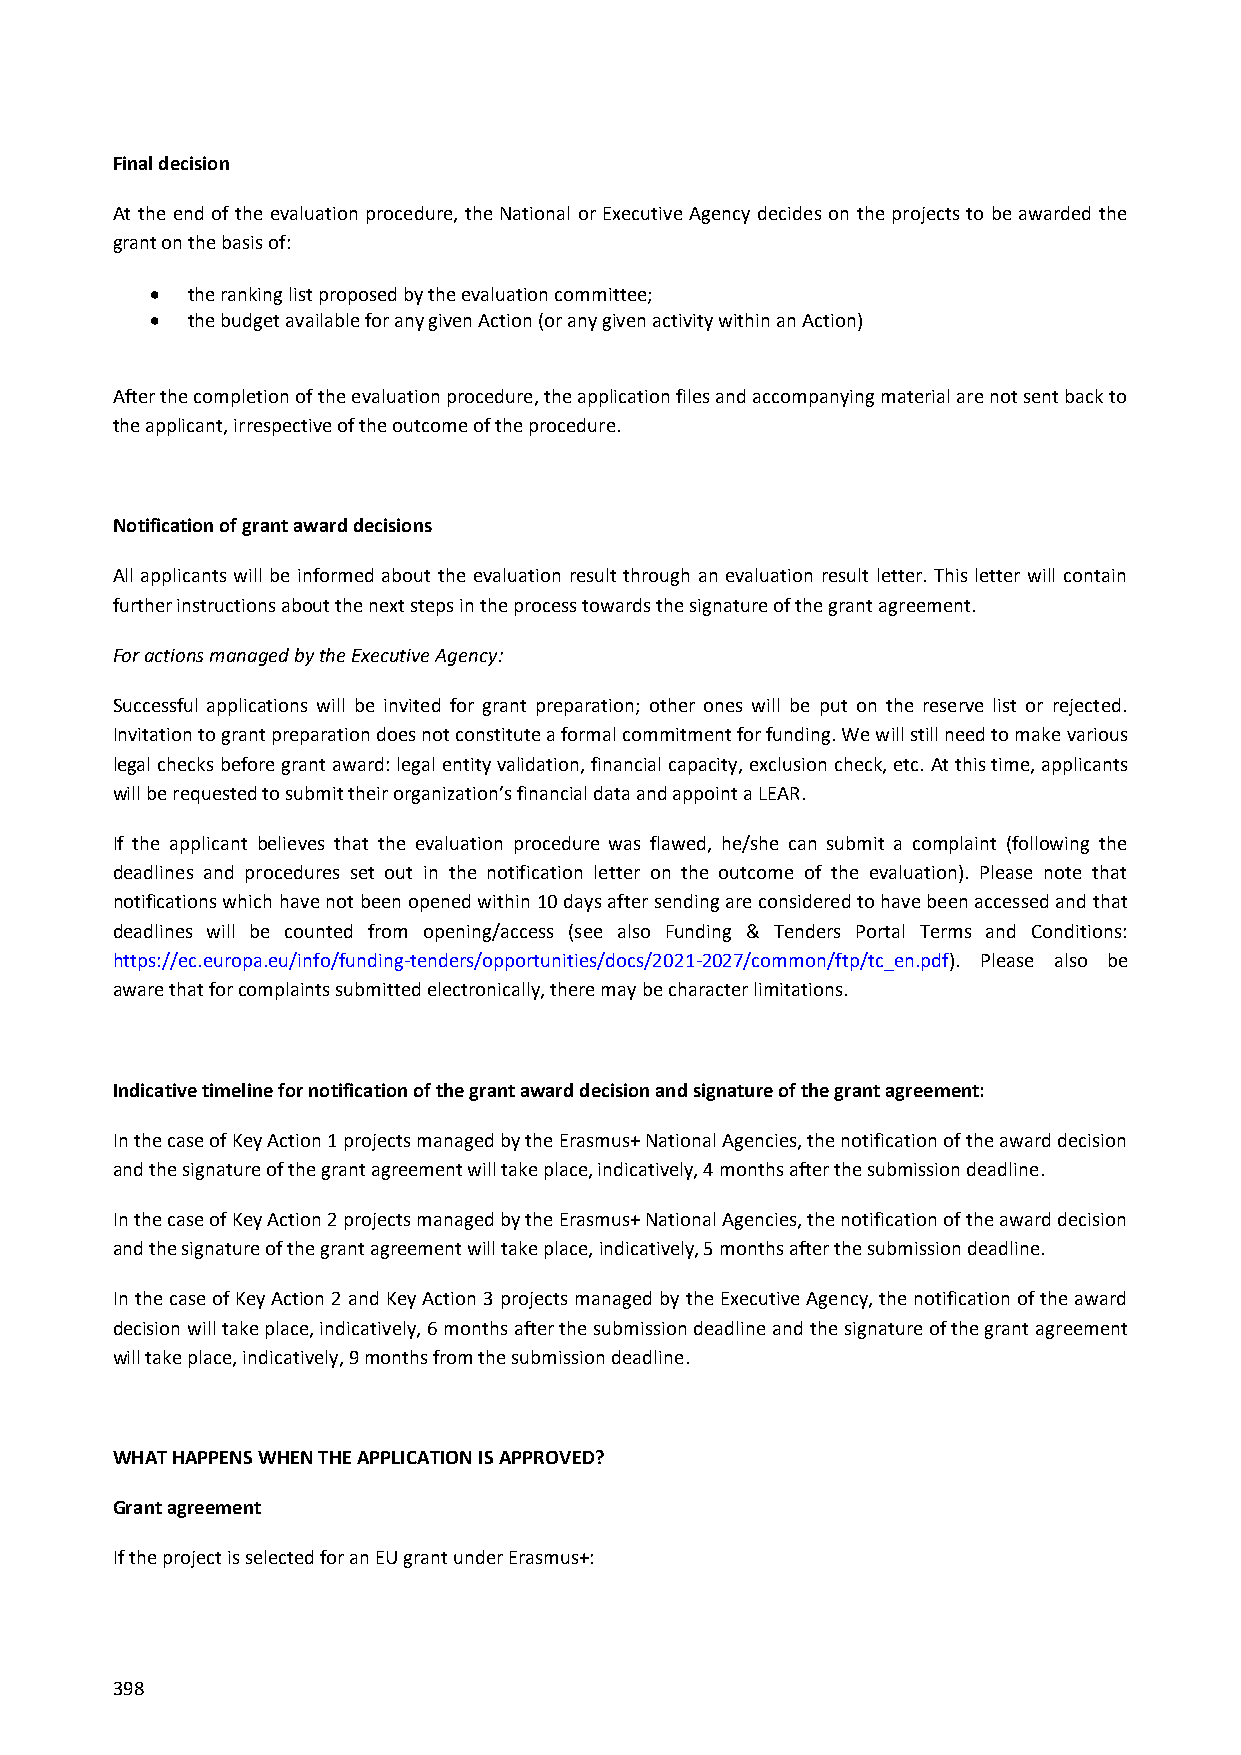
Final decision
 At the end of the evaluation procedure, the National or Executive Agency decides on the projects to be awarded the
 grant on the basis of:
  the ranking list proposed by the evaluation committee;
  the budget available for any given Action (or any given activity within an Action)
 After the completion of the evaluation procedure, the application files and accompanying material are not sent back to
 the applicant, irrespective of the outcome of the procedure.
 Notification of grant award decisions
 All applicants will be informed about the evaluation result through an evaluation result letter. This letter will contain
 further instructions about the next steps in the process towards the signature of the grant agreement.
 For actions managed by the Executive Agency:
 Successful applications will be invited for grant preparation; other ones will be put on the reserve list or rejected.
 Invitation to grant preparation does not constitute a formal commitment for funding. We will still need to make various
 legal checks before grant award: legal entity validation, financial capacity, exclusion check, etc. At this time, applicants
 will be requested to submit their organization’s financial data and appoint a LEAR.
 If the applicant believes that the evaluation procedure was flawed, he/she can submit a complaint (following the
 deadlines and procedures set out in the notification letter on the outcome of the evaluation). Please note that
 notifications which have not been opened within 10 days after sending are considered to have been accessed and that
 deadlines will be counted from opening/access (see also Funding & Tenders Portal Terms and Conditions:
 https://ec.europa.eu/info/funding-tenders/opportunities/docs/2021-2027/common/ftp/tc_en.pdf). Please also be
 aware that for complaints submitted electronically, there may be character limitations.
 Indicative timeline for notification of the grant award decision and signature of the grant agreement:
 In the case of Key Action 1 projects managed by the Erasmus+ National Agencies, the notification of the award decision
 and the signature of the grant agreement will take place, indicatively, 4 months after the submission deadline.
 In the case of Key Action 2 projects managed by the Erasmus+ National Agencies, the notification of the award decision
 and the signature of the grant agreement will take place, indicatively, 5 months after the submission deadline.
 In the case of Key Action 2 and Key Action 3 projects managed by the Executive Agency, the notification of the award
 decision will take place, indicatively, 6 months after the submission deadline and the signature of the grant agreement
 will take place, indicatively, 9 months from the submission deadline.
 WHAT HAPPENS WHEN THE APPLICATION IS APPROVED?
 Grant agreement
 If the project is selected for an EU grant under Erasmus+:
 398